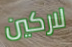
لاركين